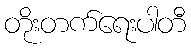
တိုးတက်ရေးပါတီ